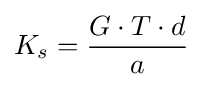
K_{s}={\frac {G\cdot T\cdot d}{a}}